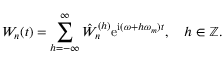
W _ { n } ( t ) = \sum _ { h = - \infty } ^ { \infty } \hat { W } _ { n } ^ { ( h ) } \mathrm { e } ^ { \mathrm { i } ( \omega + h \omega _ { m } ) t } , \quad h \in \mathbb { Z } .